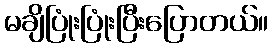
မချိပြုံးပြုံးပြီးပြောတယ်။